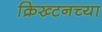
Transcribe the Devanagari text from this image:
क्रिख्टनच्या